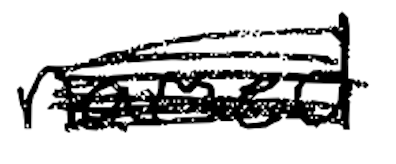
Text: named
Cross-out: scratch
Writing tool: digital_black